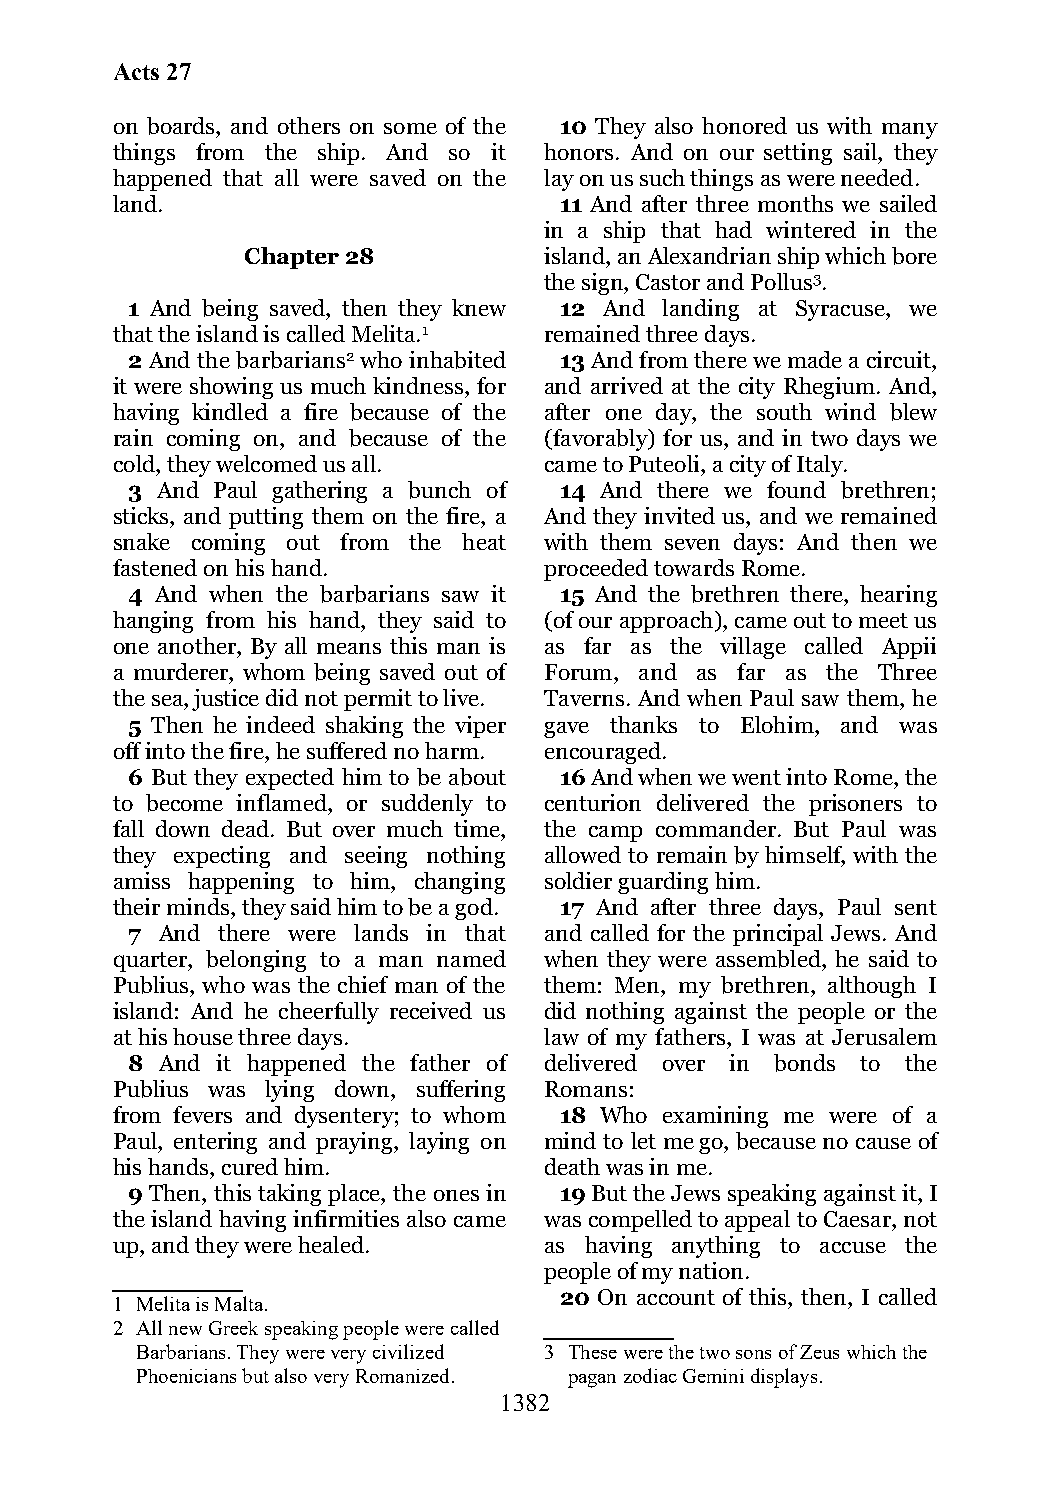
Acts 27
 on boards, and others on some of the 10 They also honored us with many
 things from the ship. And so it honors. And on our setting sail, they
 happened that all were saved on the lay on us such things as were needed.
 land.                         11 And after three months we sailed
 in a ship that had wintered in the
 Chapter 28          island, an Alexandrian ship which bore
 the sign, Castor and Pollus3.
 1 And being saved, then they knew 12 And landing at Syracuse, we
 that the island is called Melita.1 remained three days.
 2 And the barbarians2 who inhabited 13 And from there we made a circuit,
 it were showing us much kindness, for and arrived at the city Rhegium. And,
 having kindled a fire because of the after one day, the south wind blew
 rain coming on, and because of the (favorably) for us, and in two days we
 cold, they welcomed us all.  came to Puteoli, a city of Italy.
 3 And Paul gathering a bunch of 14 And there we found brethren;
 sticks, and putting them on the fire, a And they invited us, and we remained
 snake coming out from the heat with them seven days: And then we
 fastened on his hand.        proceeded towards Rome.
 4 And when the barbarians saw it 15 And the brethren there, hearing
 hanging from his hand, they said to (of our approach), came out to meet us
 one another, By all means this man is as far as the village called Appii
 a murderer, whom being saved out of Forum, and as far as the Three
 the sea, justice did not permit to live. Taverns. And when Paul saw them, he
 5 Then he indeed shaking the viper gave thanks to Elohim, and was
 off into the fire, he suffered no harm. encouraged.
 6 But they expected him to be about 16 And when we went into Rome, the
 to become inflamed, or suddenly to centurion delivered the prisoners to
 fall down dead. But over much time, the camp commander. But Paul was
 they expecting and seeing nothing allowed to remain by himself, with the
 amiss happening to him, changing soldier guarding him.
 their minds, they said him to be a god. 17 And after three days, Paul sent
 7  And there were lands in that and called for the principal Jews. And
 quarter, belonging to a man named when they were assembled, he said to
 Publius, who was the chief man of the them: Men, my brethren, although I
 island: And he cheerfully received us did nothing against the people or the
 at his house three days.     law of my fathers, I was at Jerusalem
 8  And it happened the father of delivered over in bonds to the
 Publius was lying down, suffering Romans:
 from fevers and dysentery; to whom 18 Who examining me were of a
 Paul, entering and praying, laying on mind to let me go, because no cause of
 his hands, cured him.        death was in me.
 9 Then, this taking place, the ones in 19 But the Jews speaking against it, I
 the island having infirmities also came was compelled to appeal to Caesar, not
 up, and they were healed.    as having anything to accuse the
 people of my nation.
 20 On account of this, then, I called
 1 Melita is Malta.
 2 All new Greek speaking people were called
 Barbarians. They were very civilized 3 These were the two sons of Zeus which the
 Phoenicians but also very Romanized. pagan zodiac Gemini displays.
 1382